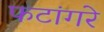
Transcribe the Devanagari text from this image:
फटांगरे